Mental hospitals Bombay report 1921-28 - 1921-1928
Year: 1921
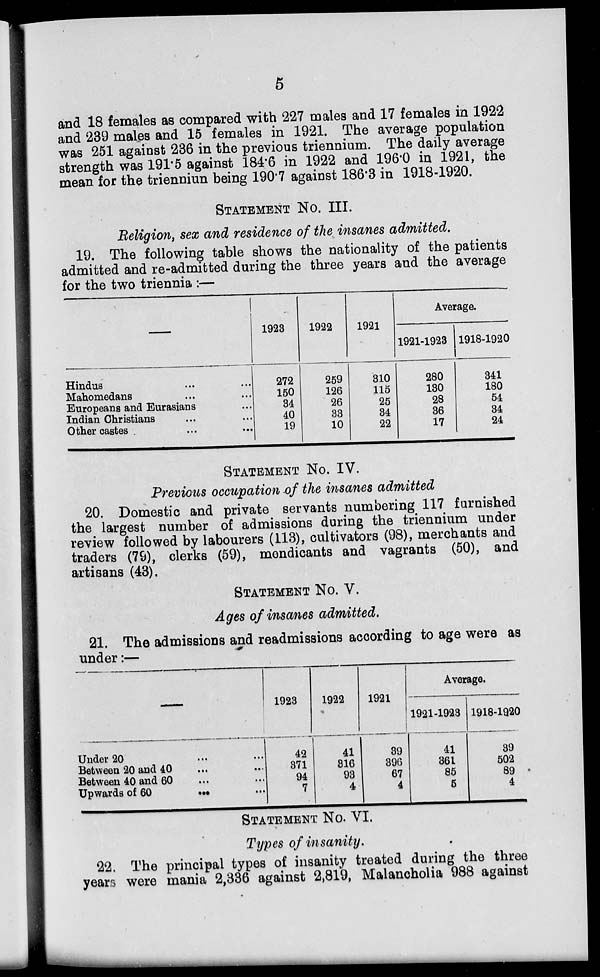
5
and 18 females as compared with 227 males and 17 females in 1922
and 239 males and 15 females in 1921. The average population
was 251 against 236 in the previous triennium. The daily average
strength was 191.5 against 184.6 in 1922 and 196.0 in 1921, the
mean for the trienniun being 190.7 against 186.3 in 1918-1920.
STATEMENT No. III.
Religion, sex and residence of the insanes admitted.
19. The following table shows the nationality of the patients
admitted and re-admitted during the three years and the average
for the two triennia :—
—
Hindus ... ...
Mahomedans ... ...
Europeans and Eurasians ...
Indian Christians ... ...
Other castes ... ...
1923
272
150
34
40
19
1922
259
126
26
33
10
1921
310
115
25
34
22
Average.
1921-1923
280
130
28
36
17
1918-1920
341
180
54
34
24
STATEMENT No. IV.
Previous occupation of the insanes admitted
20. Domestic and private servants numbering 117 furnished
the largest number of admissions during the triennium under
review followed by labourers (113), cultivators (98), merchants and
traders (79), clerks (59), mendicants and vagrants (50), and
artisans (43).
STATEMENT No. V.
Ages of insanes admitted.
21. The admissions and readmissions according to age were as
under :—
—
Under 20 ... ...
Between 20 and 40 ... ...
Between 40 and 60 ... ...
Upwards of 60 ... ...
1923
42
371
94
7
1922
41
316
93
4
1921
39
396
67
4
Average.
1921-1923
41
361
85
5
1918-1920
39
502
89
4
STATEMENT No. VI.
Types of insanity.
22. The principal types of insanity treated during the three
years were mania 2,336 against 2,819, Malancholia 988 against